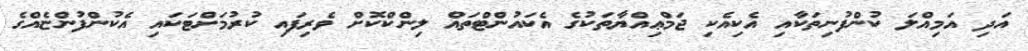
އަދި އަމިއްލަ ކުންފުނިތަކާއި އެކިއެކި ޖަމްޢިއްޔާތަކުގެ އެކައުންޓްތައް ލިންކްކޮށް ވެރިފައި ކުރުމަށްޓަކައި އެކުންފުންޏެއްގެ